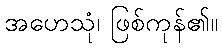
အဟေသုံ၊ ဖြစ်ကုန်၏။